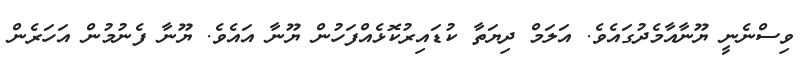
ވިސްނެނީ ޔޫނާއާމެދުގައެވެ. އަލަމް ދިޔަތާ ކުޑައިރުކޮޅެއްފަހުން ޔޫނާ އައެވެ. ޔޫނާ ފެނުމުން އަހަރެން